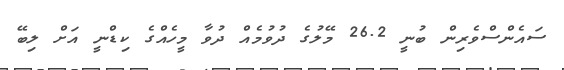
ސައެންސްވެރިން ބުނީ 26.2 މޭލުގެ ދުވުމެއް ދުވާ މީހެއްގެ ކިޑްނީ އަށް ލިބޭ